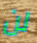
لن